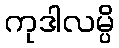
ကုဒါလမ္ပိ